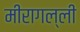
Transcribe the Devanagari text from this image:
मीरागल्ली